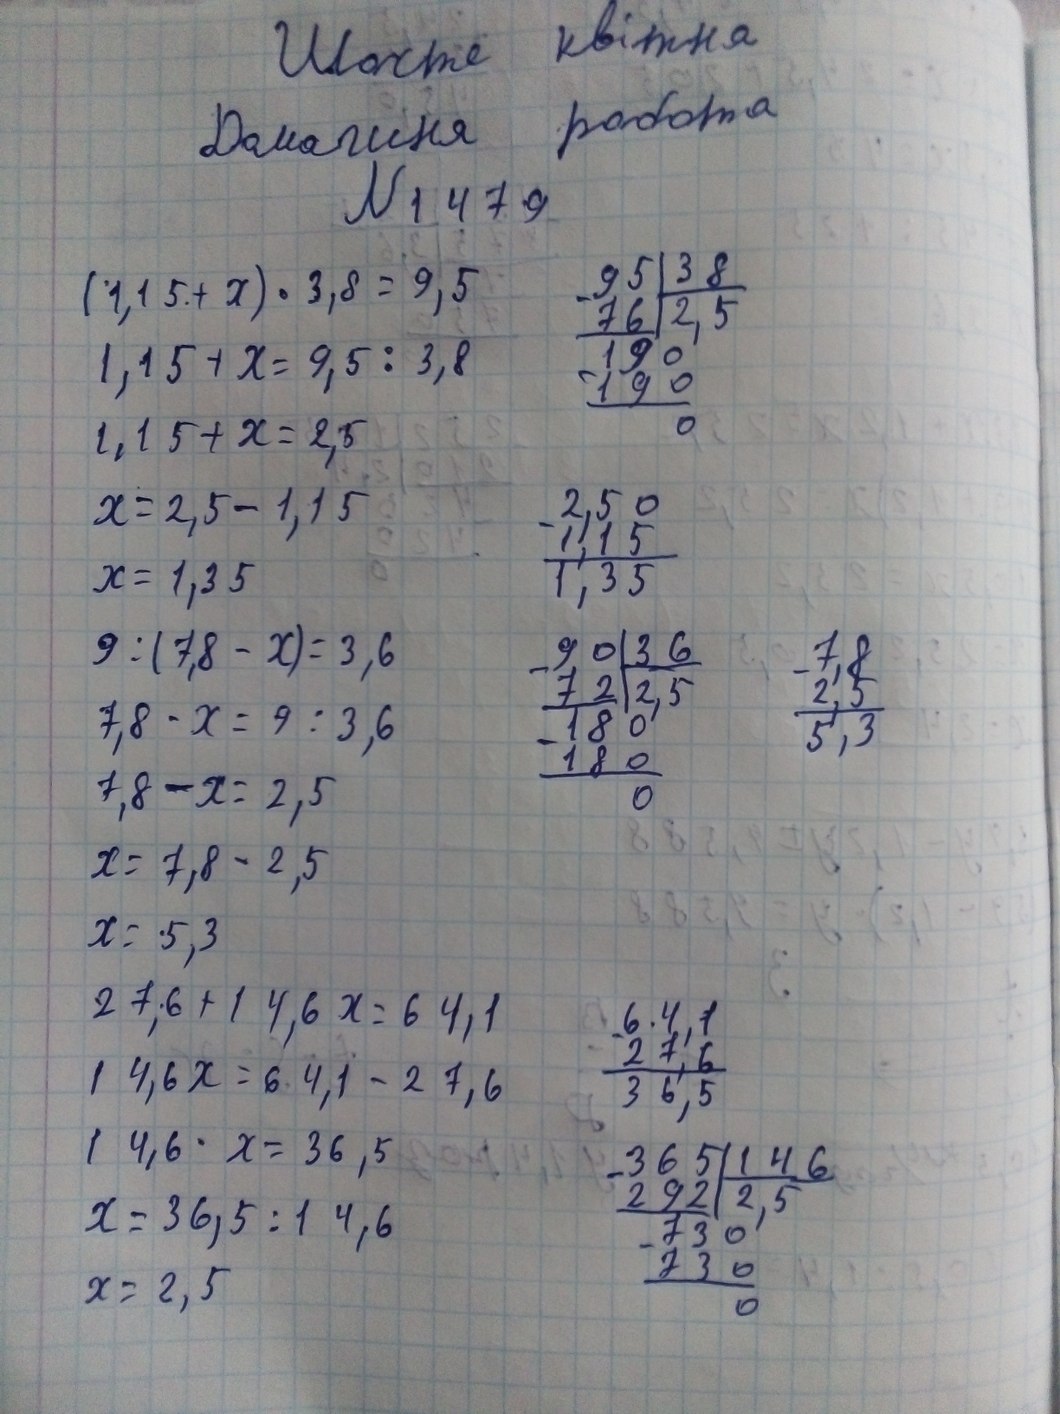
Шосте квітня
Домашня робота
№ 1479
\begin{array}{r|l} 95 & 38 \\ \cline{2-2} -76 & 2,5 \\ \hline 190 & \\ -190 & \\ \hline 0 & \end{array}
(1,15 + х) ‧ 3,8 = 9,5
1,15 + х = 9,5 ∶ 3,8
1,15 + x = 2,5
\begin{array}{r} 2,50 \\ - 1,15 \\ \hline 1,35 \end{array}
x = 2,5 - 1,15
x = 1,35
9 : (7,8 - x) = 3,6
\begin{array}{r|l} 90 & 36 \\ \cline{2-2} -72 & 2,5 \\ \cline{1-1} 180 & \\ -180 & \\ \cline{1-1} 0 & \end{array}
\begin{array}{r} 7,8 \\ - 2,5 \\ \hline 5,3 \end{array}
7,8 - x = 9 : 3,6
7,8 - x = 2,5
x = 7,8 - 2,5
x = 5,3
\begin{array}{r} 6.4,1 \\ - 27,6 \\ \hline 36,5 \end{array}
27,6 + 14,6⋅x = 64,1
14,6x = 64,1 - 27,6
14,6⋅x = 36,5
\begin{array}{r|l} 365 & 146 \\ \cline{2-2} -292 & 2,5 \\ \cline{1-1} 730 & \\ -730 & \\ \cline{1-1} 0 & \end{array}
x = 36,5 : 14,6
x = 2,5